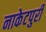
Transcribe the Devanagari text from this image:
नाकेटपुरी